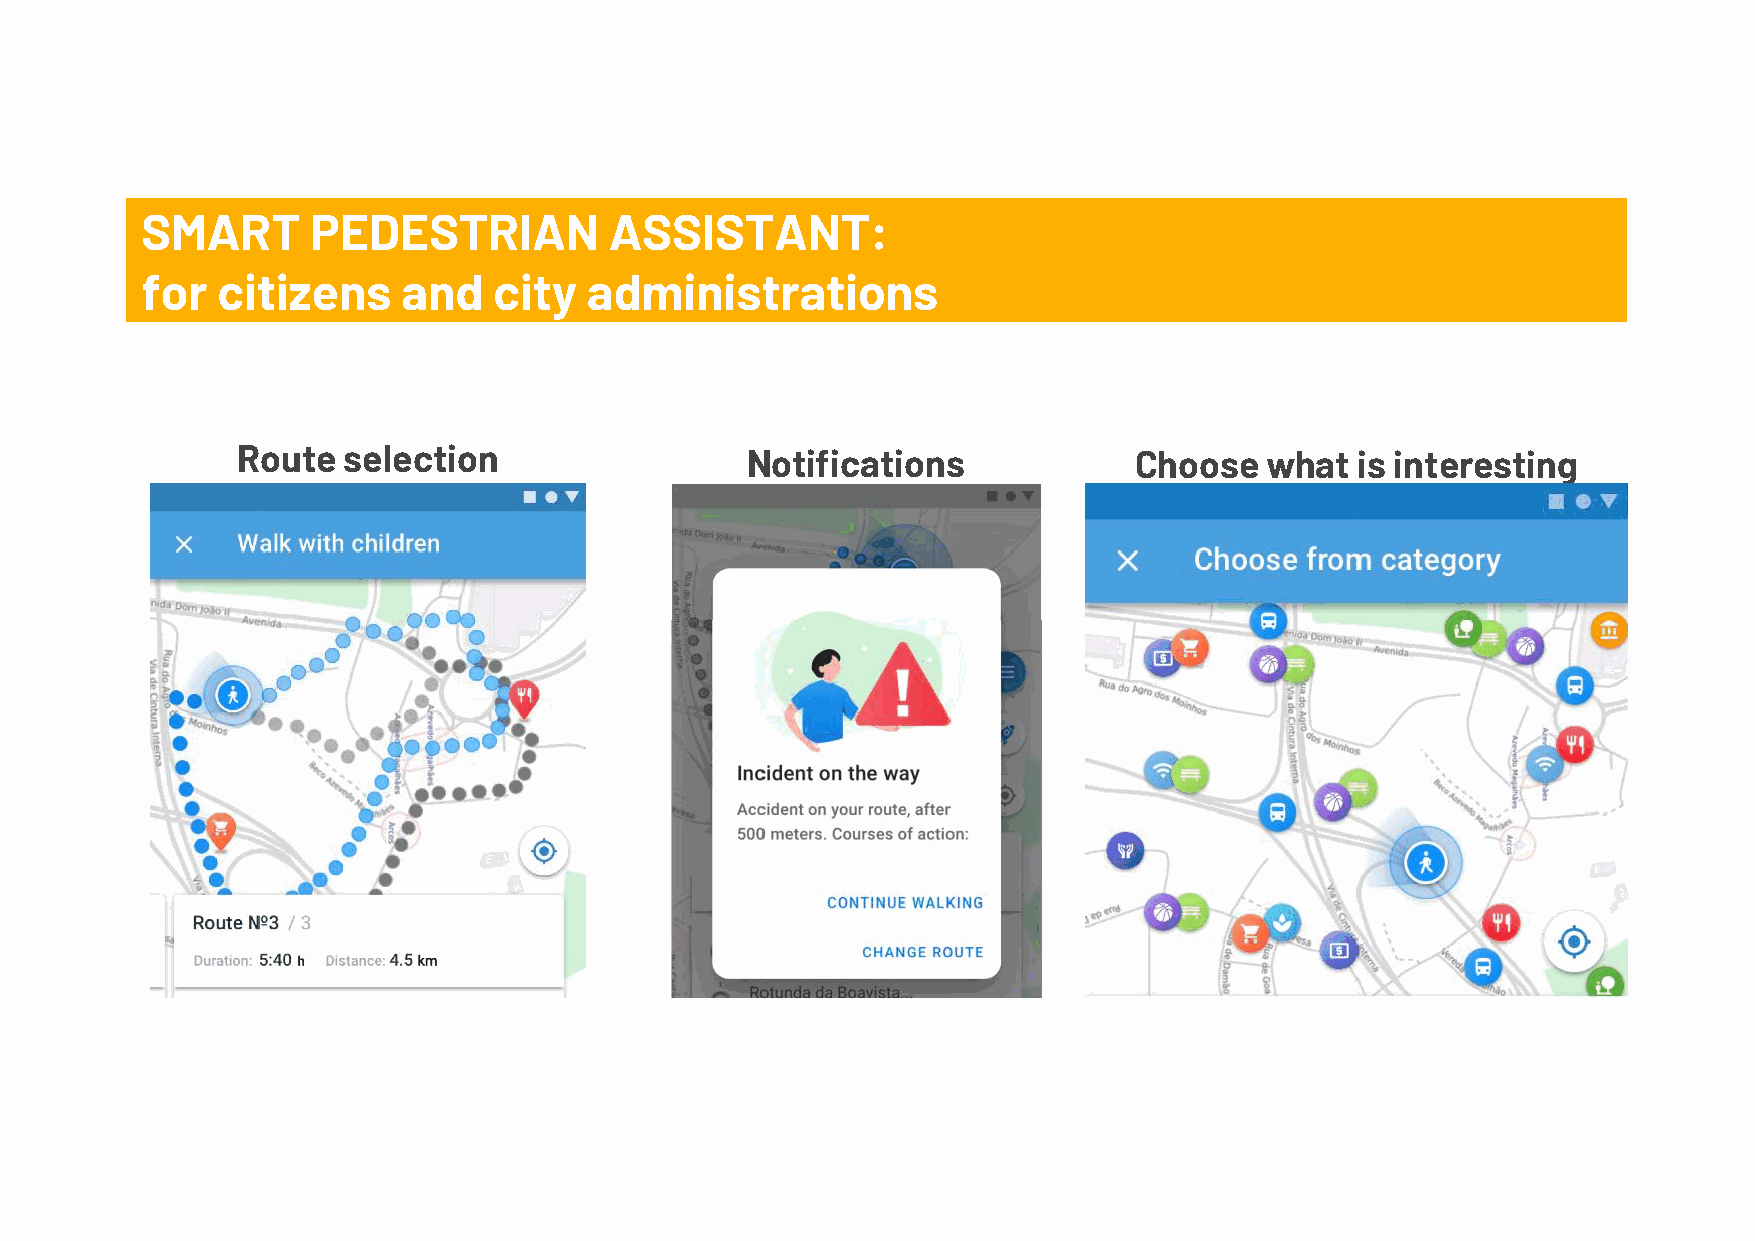
SMART       PEDESTRIAN         ASSISTANT:
 for  citizens     and   city  administrations
 Route  selection                 Notifications             Choose   what  is interesting